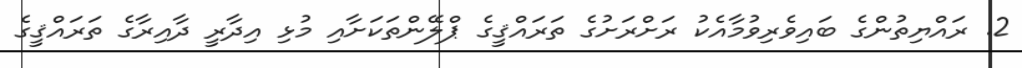
2. ރައްޔިތުންގެ ބައިވެރިވުމާއެކު ރަށްރަށުގެ ތަރައްޤީގެ ޕްލޭންތަކަށާއި މުޅި އިދާރީ ދާއިރާގެ ތަރައްޤީގެ